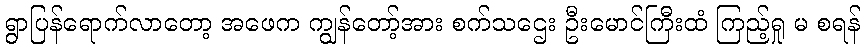
ရွာပြန်ရောက်လာတော့ အဖေက ကျွန်တော့်အား စက်သဌေး ဦးမောင်ကြီးထံ ကြည့်ရှု မ စရန်